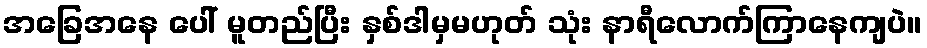
အခြေအနေ ပေါ် မူတည်ပြီး နှစ်ဒါမှမဟုတ် သုံး နာရီလောက်ကြာနေကျပဲ။